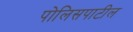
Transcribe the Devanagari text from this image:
पोलिसपाटील